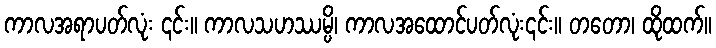
ကာလအရာပတ်လုံး ၎င်း။ ကာလသဟဿမ္ပိ၊ ကာလအထောင်ပတ်လုံး၎င်း။ တတော၊ ထိုထက်။